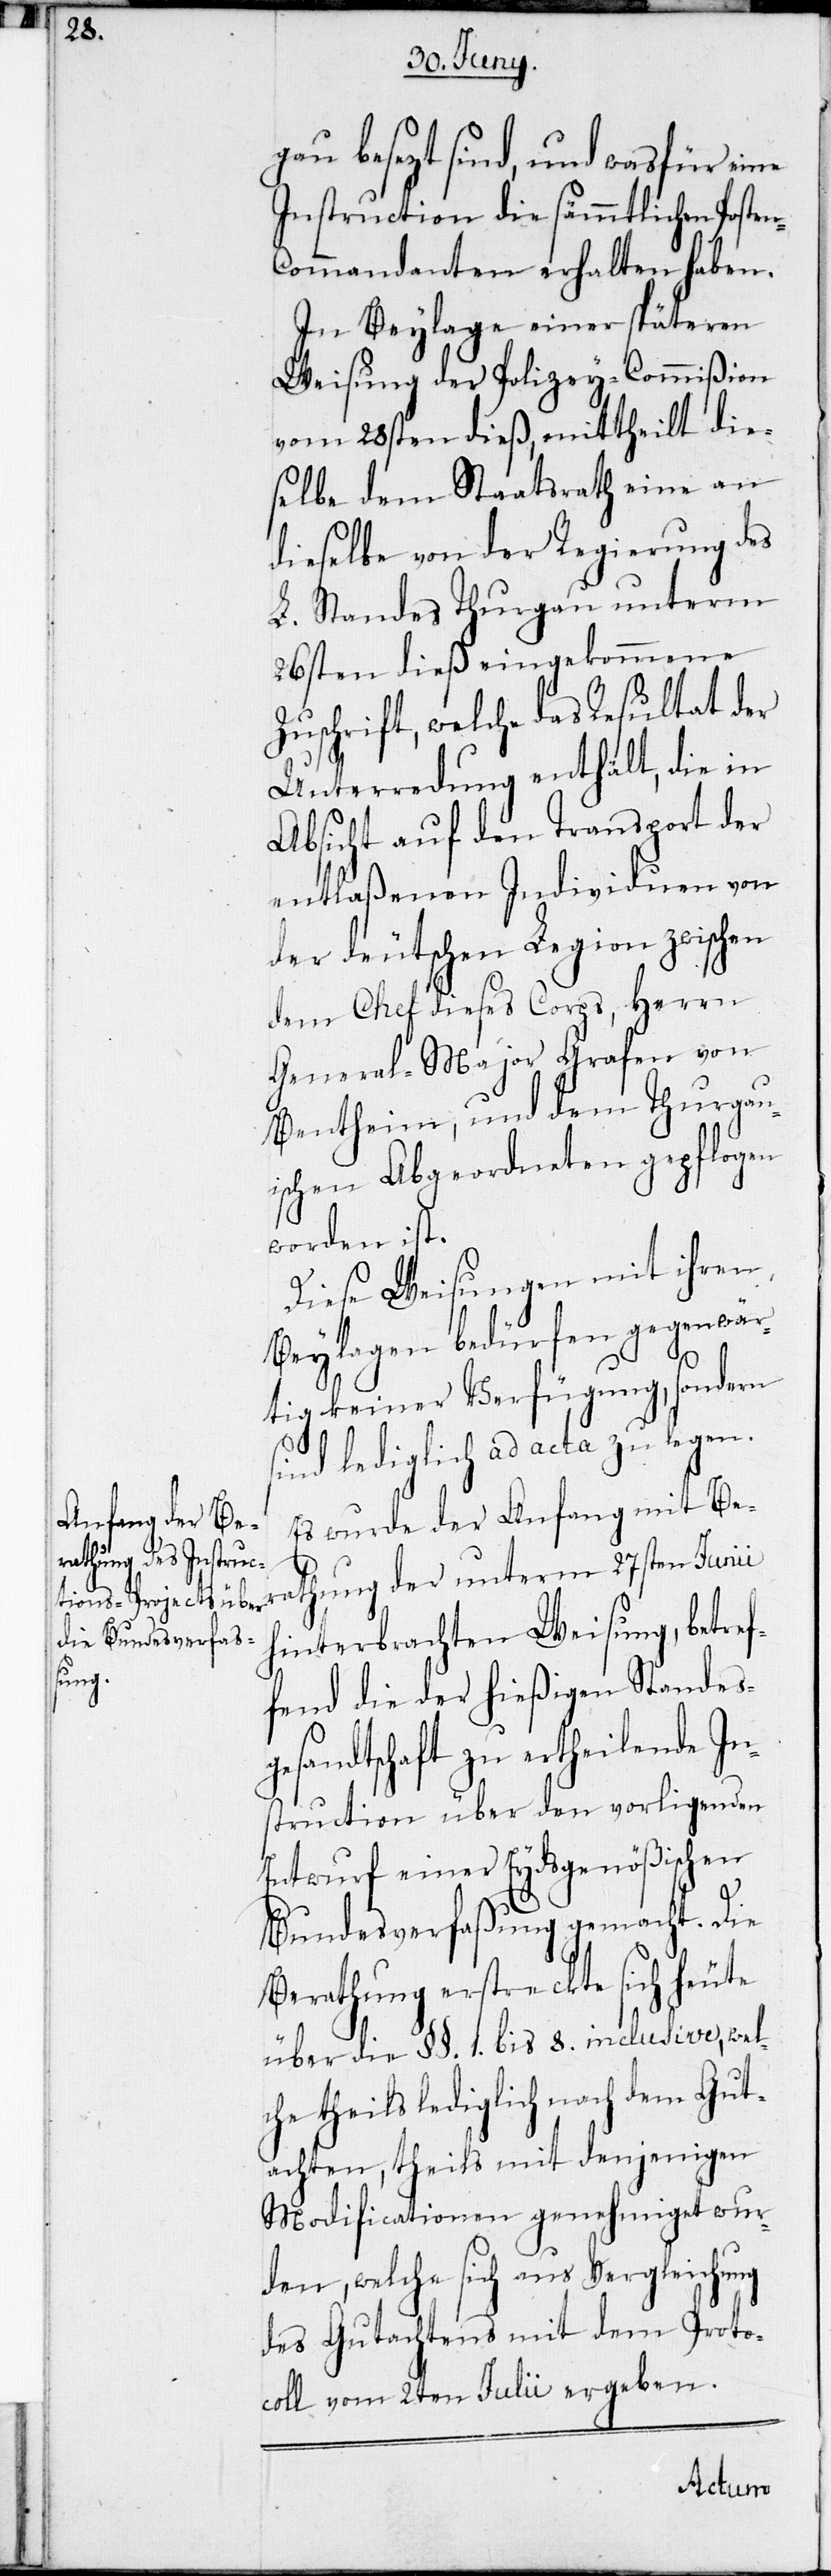
gau besezt sind, und was für eine
Instruction die sämmtlichen Poste¬
n-Commandanten erhalten haben.
In Beylage einer späteren
Weisung der Polizey-Commißion
vom 28sten dieß, mittheilt die¬
selbe dem Staatsrath eine an
dieselbe von der Regierung des
L. Standes Thurgau unterm
26sten dieß eingekommene
Zuschrift, welche das Resultat der
Untersuchung enthält, die in
Absicht auf den Transport der
entlaßenen Individuen von
der deutschen Legion zwischen
dem Chef dieses Corps, Herrn
General-Major Grafen von
Bentheim, und dem Thurgau¬
ischen Abgeordneten gepflogen
worden ist.
Diese Weisungen mit ihren
Beylagen bedürfen gegenwär¬
tig keiner Verfügung, sondern
sind lediglich ad acta zu legen.
Es wurde der Anfang mit Ber¬
athung der unterm 27sten Junii
hinterbrachten Weisung, betref¬
fend die der hießigen Standes¬
gesandtschaft zu ertheilende In¬
struction über den vorligenden
Entwurf einer Eydsgenößischen
Bundesverfaßung gemacht. Die
Berathung erstreckte sich heute
über die § § 1. bis 8. inclusive, wel¬
che theils lediglich nach dem Gut¬
achten, theils mit denjenigen
Modificationen genehmiget wur¬
den, welche sich aus Vergleichung
des Gutachtens mit dem Proto¬
coll vom 2ten Julii ergeben.